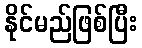
နိုင်မည်ဖြစ်ပြီး